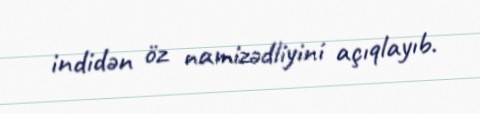
indidən öz namizədliyini açıqlayıb.